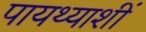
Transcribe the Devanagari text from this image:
पायथ्याशीं